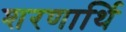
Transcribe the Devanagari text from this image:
शरणार्थि